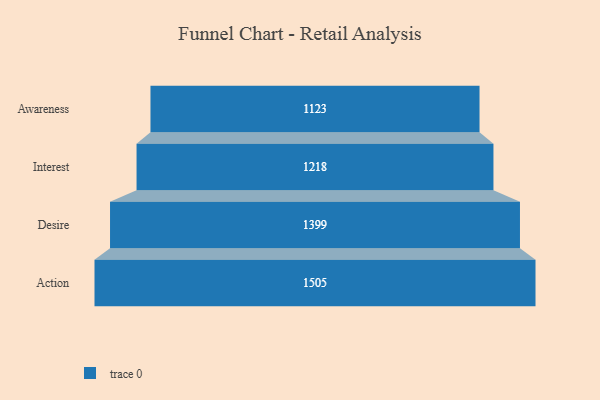
{"axis": {"x": "Stage", "y": "Value"}, "legend": [""], "data": [{"x": "Awareness", "y": 1123.0, "type": ""}, {"x": "Interest", "y": 1218.0, "type": ""}, {"x": "Desire", "y": 1399.0, "type": ""}, {"x": "Action", "y": 1505.0, "type": ""}]}